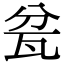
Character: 瓫